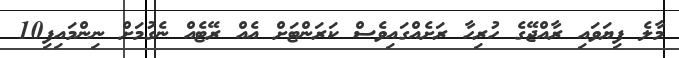
މާލެ ފިޔަވައި ރާއްޖޭގެ ހުރިހާ ރަށެއްގައިވެސް ކަރަންޓަށް އެއް ރޭޓެއް ނެގުމަށް ނިންމައިފި10